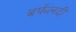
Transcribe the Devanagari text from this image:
बर्फलदी